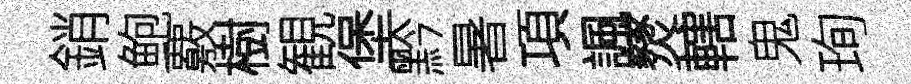
銷鲍覈樹観堡黔暑項諷燹轄鬼珣